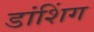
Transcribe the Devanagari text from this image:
डांशिंग